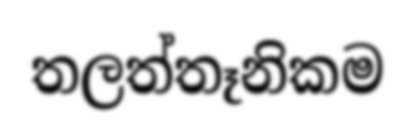
තලත්තෑනිකම